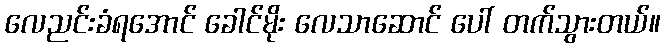
လေညင်းခံရအောင် ခေါင်မိုး လေသာဆောင် ပေါ် တက်သွားတယ်။